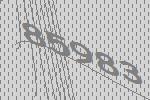
85983